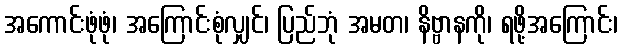
အကောင်းဖုံဖုံ၊ အကြောင်းစုံလျှင်၊ ပြည်ဘုံ အမတ၊ နိဗ္ဗာနကို၊ ရဖို့အကြောင်း၊